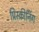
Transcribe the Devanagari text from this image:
प्रिस्क्रीनिंग